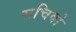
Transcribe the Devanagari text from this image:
सचिवो